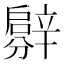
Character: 𨐳